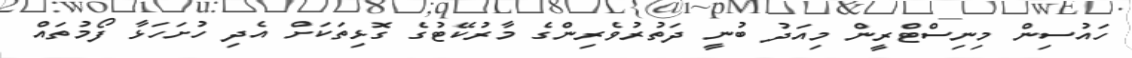
ހައުސިން މިނިސްޓްރީން މިއަދު ބުނީ ދަތުރުވެރިންގެ މާރުކޭޓުގެ ގޮޅިތަކަށް އެދި ހުށަހަޅާ ފޯމުތައް